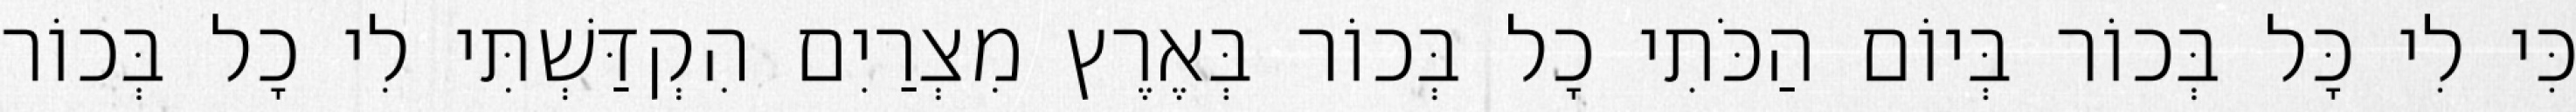
כִּי לִי כָּל בְּכוֹר בְּיוֹם הַכֹּתִי כָל בְּכוֹר בְּאֶרֶץ מִצְרַיִם הִקְדַּשְׁתִּי לִי כָל בְּכוֹר